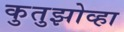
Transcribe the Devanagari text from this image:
कुतुझोव्हा